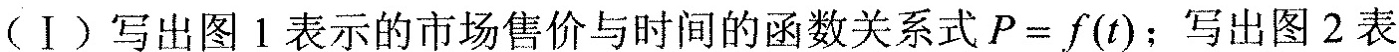
(Ⅰ)写出图1表示的市场售价与时间的函数关系式P=f(t)；写出图2表